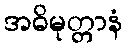
အဓိမုတ္တာနံ